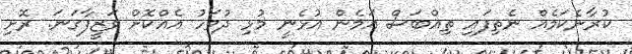
ކުރާނެކަމެއް ނެތިފައި ތިއްބަސް އަމެން އުޅެނީ މުޅި ދުވަހު އެއްކޮށް ވަޒީފާގަނަ. ރޮށި